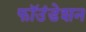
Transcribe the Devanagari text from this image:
फॉउंडेशन